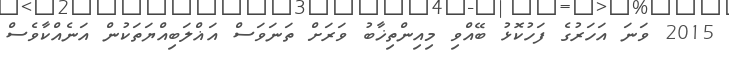
2015 ވަނަ އަހަރުގެ ފަހުކޮޅު ބޭއްވި މިއިންތިޚާބު ވަރަށް ތަނަވަސް އަޣްލަބިއްޔަތަކުން އަނެއްކާވެސް